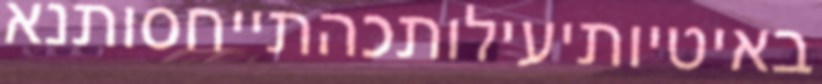
באיטיותיעילותכהתייחסותנא